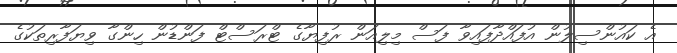
އެ ކައުންސިލުން އުފައްދާފައިވާ ފަސް މިލިއަން ރުފިޔާގެ ޓްރަސްޓް ފަންޑުން ހިންގާ ވިޔަފާރިތަކުގެ